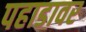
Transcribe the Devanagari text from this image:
पहाडावर